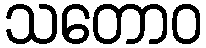
သတောဝ